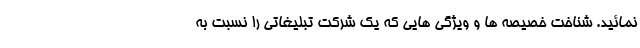
نمائید. شناخت خصیصه ها و ویژگی هایی که یک شرکت تبلیغاتی را نسبت به